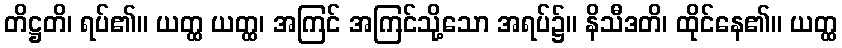
တိဋ္ဌတိ၊ ရပ်၏။ ယတ္ထ ယတ္ထ၊ အကြင် အကြင်သို့သော အရပ်၌။ နိသီဒတိ၊ ထိုင်နေ၏။ ယတ္ထ